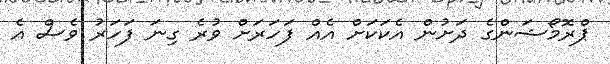
ޕްރޮމޯޝަންގެ ދަށުން އެކަކަށް އެއް ފަހަރަށް ވުރެ ގިނަ ފަހަރު ވެސް އެ